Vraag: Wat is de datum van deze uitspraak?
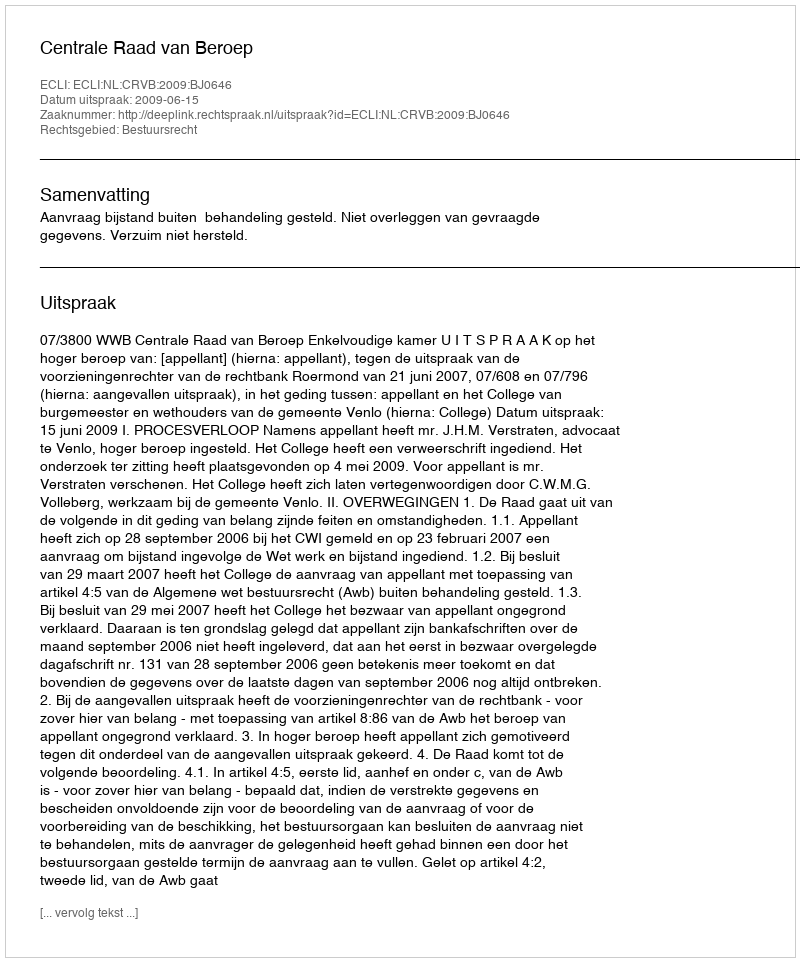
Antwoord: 2009-06-15